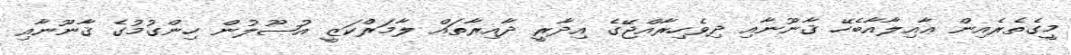
މީގެތެރެއިން ޢާއިލާއާބެހޭ ޤާނޫނާއި ދިވެހިރާއްޖޭގެ އިދާރީ ދާއިރާތައް ލާމަރްކަޒީ އުޞޫލުން ހިންގުމުގެ ޤާނޫނާއި